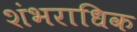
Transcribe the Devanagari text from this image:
शंभराधिक